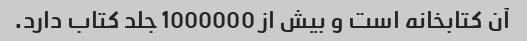
آن کتابخانه است و بیش از 1000000 جلد کتاب دارد.